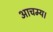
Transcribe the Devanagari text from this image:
आचम्य।